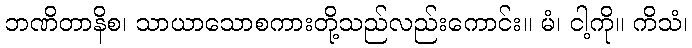
ဘဏိတာနိစ၊ သာယာသောစကားတို့သည်လည်းကောင်း။ မံ၊ ငါ့ကို။ ကိသံ၊